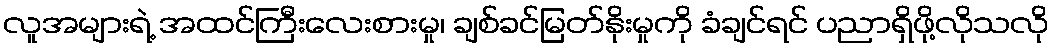
လူအများရဲ့ အထင်ကြီးလေးစားမှု၊ ချစ်ခင်မြတ်နိုးမှုကို ခံချင်ရင် ပညာရှိဖို့လိုသလို